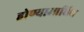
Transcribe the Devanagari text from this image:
होण्याआधिच